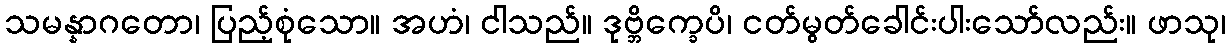
သမန္နာဂတော၊ ပြည့်စုံသော။ အဟံ၊ ငါသည်။ ဒုဗ္ဘိက္ခေပိ၊ ငတ်မွတ်ခေါင်းပါးသော်လည်း။ ဖာသု၊